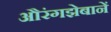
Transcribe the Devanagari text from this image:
औरंगझेबानें